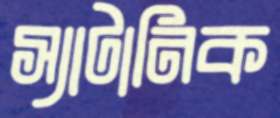
স্যাটানিক